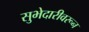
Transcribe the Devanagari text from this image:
सुभेदारीवरून